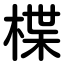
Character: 楪